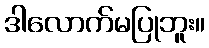
ဒါလောက်မပြုဘူး။